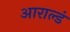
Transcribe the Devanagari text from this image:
आराल्डं